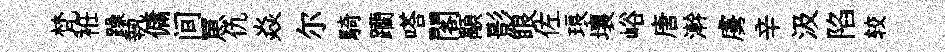
梵袵躁執傭间罳仇焱尔騎躪嗒閣顒影眼佐琅壤峪唐澣虜辛汲陷较